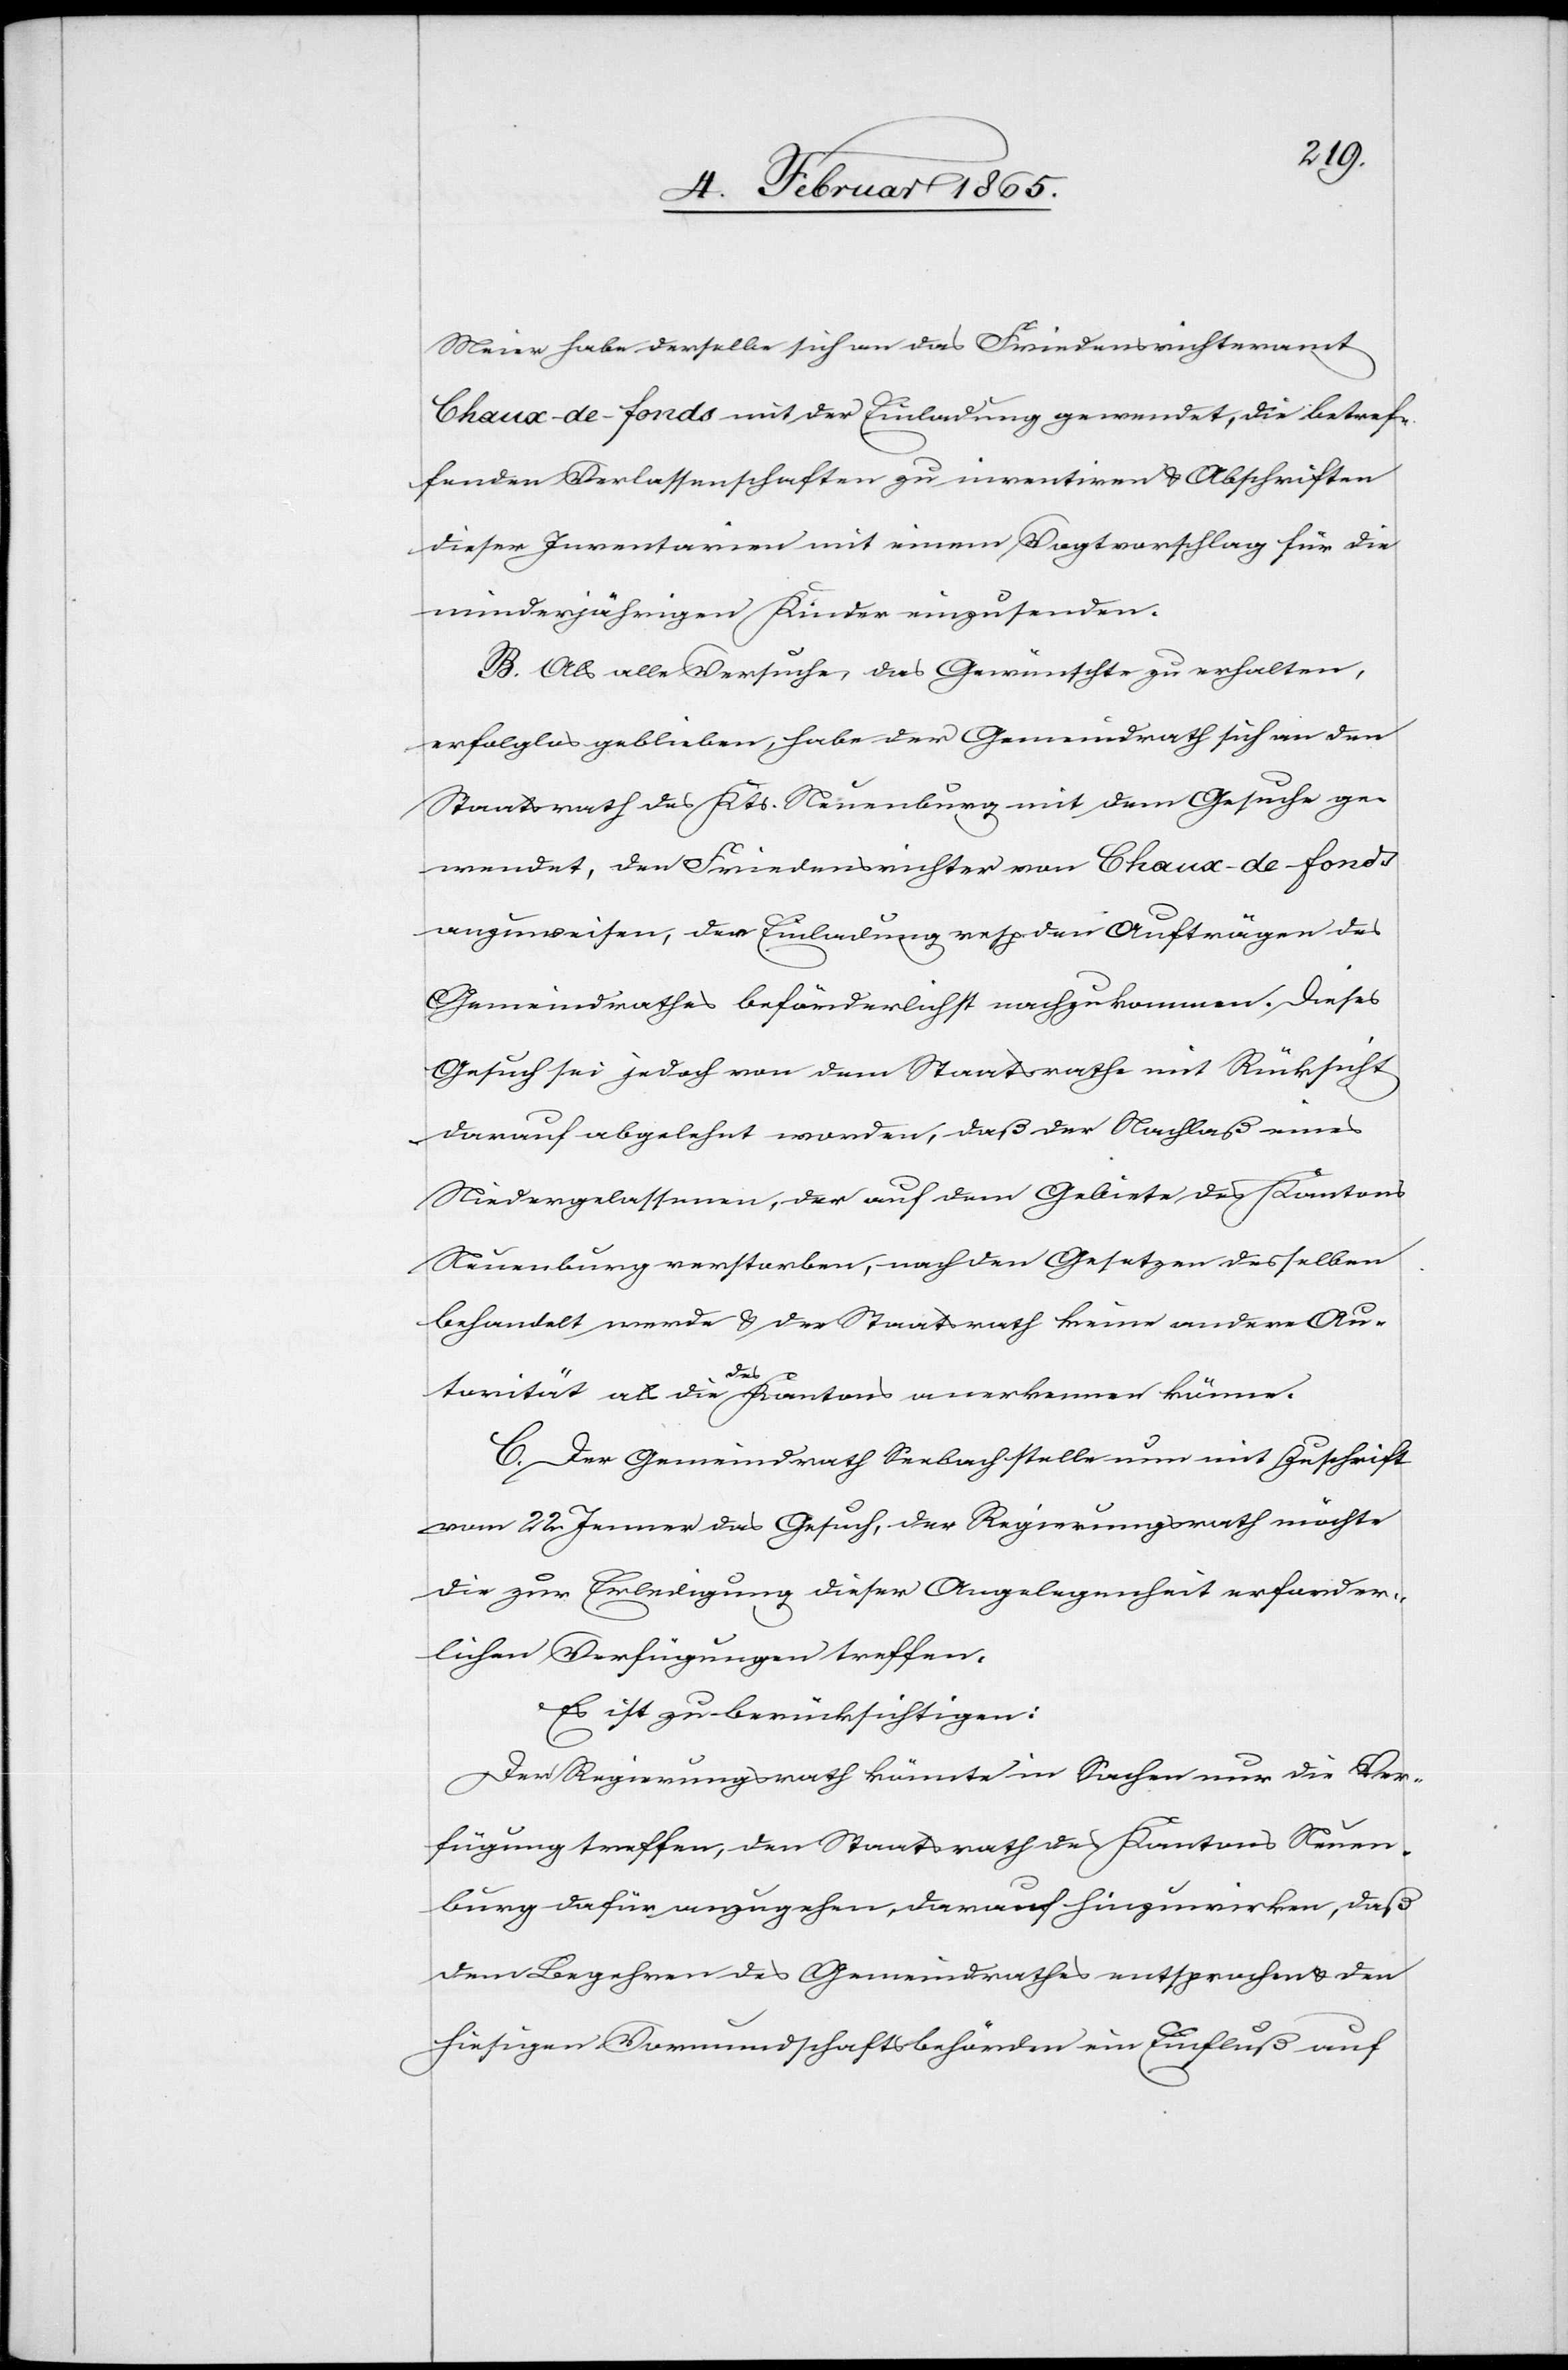
Meier habe derselbe sich an das Friedensrichteramt
Chaux-de-fonds mit der Einladung gewendet, die betref¬
fenden Verlassenschaften zu inventiren u. Abschriften
dieser Inventarien mit einem Vogtvorschlag für die
minderjährigen Kinder einzusenden.
B. Als alle Versuche, das Gewünschte zu erhalten,
erfolglos geblieben, habe der Gemeindrath sich an den
Staatsrath des Kts. Neuenburg mit dem Gesuche ge¬
wendet, den Friedensrichter von Chaux-de-fonds
anzuweisen, der Einladung resp. den Aufträgen des
Gemeindrathes beförderlichst nachzukommen. Dieses
Gesuch sei jedoch von dem Staatsrathe mit Rücksicht
darauf abgelehnt worden, daß der Nachlaß eines
Niedergelassenen, der auf dem Gebiete des Kantons
Neuenburg verstorben, nach den Gesetzen desselben
behandelt werde u. der Staatsrath keine andere Au¬
torität als die des Kantons anerkennen könne.
C. Der Gemeindrath Seebach stelle nun mit Zuschrift
vom 22. Jenner das Gesuch, der Regierungsrath möchte
die zur Erledigung dieser Angelegenheit erforder¬
lichen Verfügungen treffen.
Es ist zu berücksichtigen:
Der Regierungsrath könnte in Sachen nur die Ver¬
fügung treffen, den Staatsrath des Kantons Neuen¬
burg dafür anzugehen, darauf hinzuwirken, daß
dem Begehren des Gemeindrathes entsprochen u. den
hiesigen Vormundschaftsbehörden ein Einfluß auf